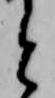
と